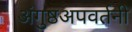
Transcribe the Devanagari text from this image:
अंगुष्ठअपवर्तनी